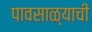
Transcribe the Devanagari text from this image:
पावसाळ्याची